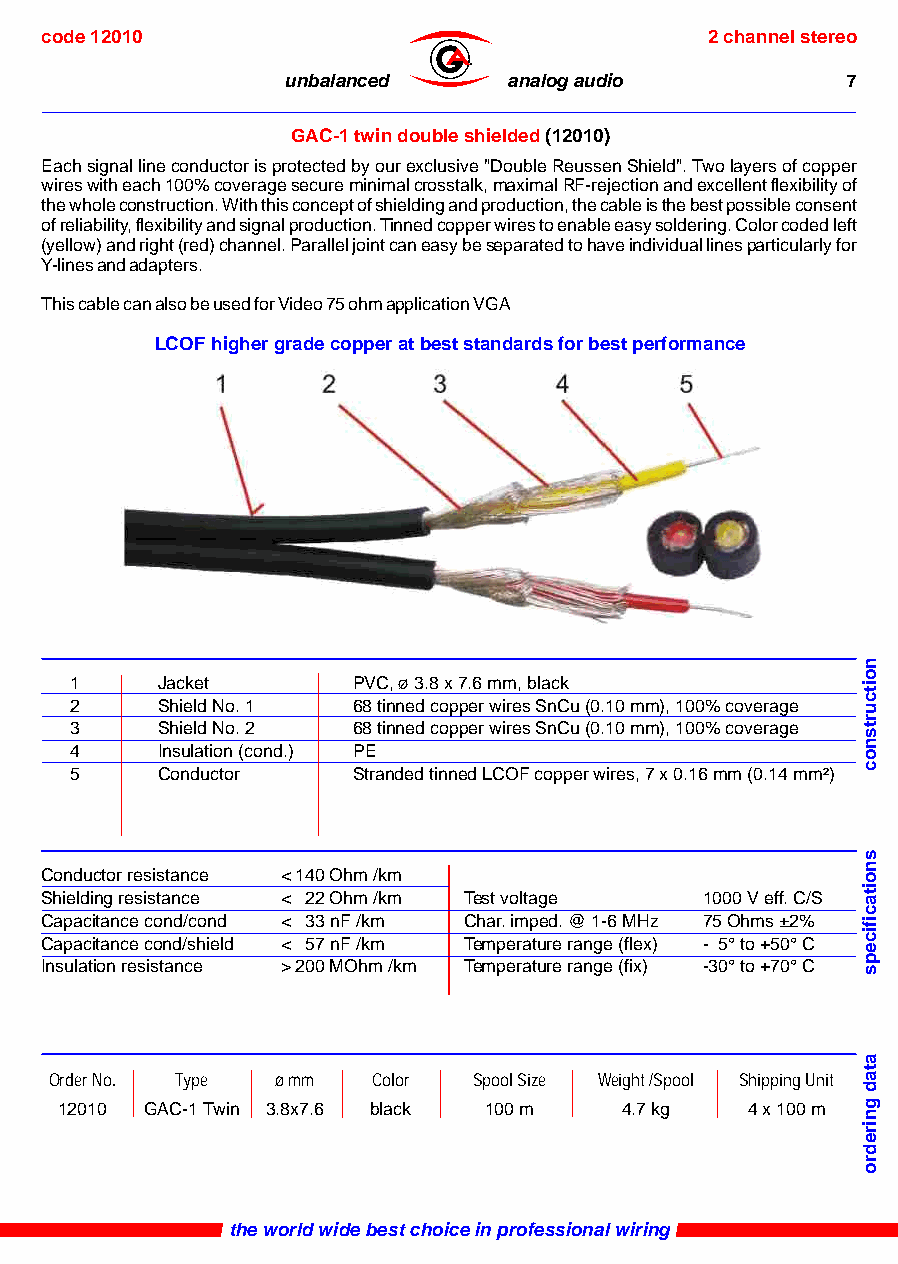
code 12010                                  2 channel stereo
 ®
 unbalanced     analog audio          7
 GAC-1 twin double shielded (12010)
 Each signal line conductor is protected by our exclusive "Double Reussen Shield". Two layers of copper
 wires with each 100% coverage secure minimal crosstalk, maximal RF-rejection and excellent flexibility of
 the whole construction. With this concept of shielding and production, the cable is the best possible consent
 of reliability, flexibility and signal production. Tinned copper wires to enable easy soldering. Color coded left
 (yellow) and right (red) channel. Parallel joint can easy be separated to have individual lines particularly for
 Y-lines and adapters.
 This cable can also be used for Video 75 ohm application VGA
 LCOF higher grade copper at best standards for best performance
 1    Jacket       PVC, ø 3.8 x 7.6 mm, black
 2    Shield No. 1 68 tinned copper wires SnCu (0.10 mm), 100% coverage
 3    Shield No. 2 68 tinned copper wires SnCu (0.10 mm), 100% coverage
 4    Insulation (cond.) PE
 5    Conductor    Stranded tinned LCOF copper wires, 7 x 0.16 mm (0.14 mm²)
 Conductor resistance < 140 Ohm /km
 Shielding resistance < 22 Ohm /km Test voltage 1000 V eff. C/S
 Capacitance cond/cond < 33 nF /km Char. imped. @ 1-6 MHz 75 Ohms ±2%
 Capacitance cond/shield < 57 nF /km Temperature range (flex) - 5° to +50° C
 Insulation resistance > 200 MOhm /km Temperature range (fix) -30° to +70° C
 Order No. Type ø mm   Color Spool Size Weight /Spool Shipping Unit
 12010 GAC-1 Twin 3.8x7.6 black 100 m 4.7 kg  4 x 100 m
 the world wide best choice in professional wiring
 noitcurtsnoc
 snoitacificeps
 atad
 gniredro